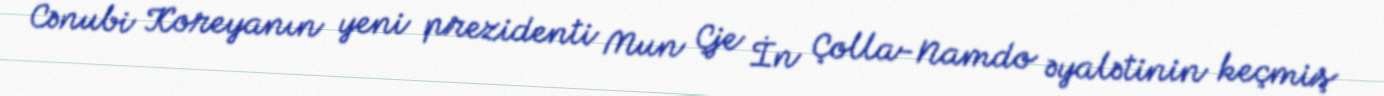
Cənubi Koreyanın yeni prezidenti Mun Çje İn Çolla-Namdo əyalətinin keçmiş